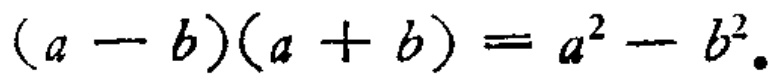
\((a - b)(a + b) = a^{2} - b^{2}\)